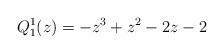
LaTeX: \begin{gather*} Q_{1}^{1}(z)=-z^{3}+z^{2}-2z-2\end{gather*}